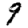
Digit: 9